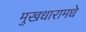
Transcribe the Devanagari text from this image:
मुखधारामधे